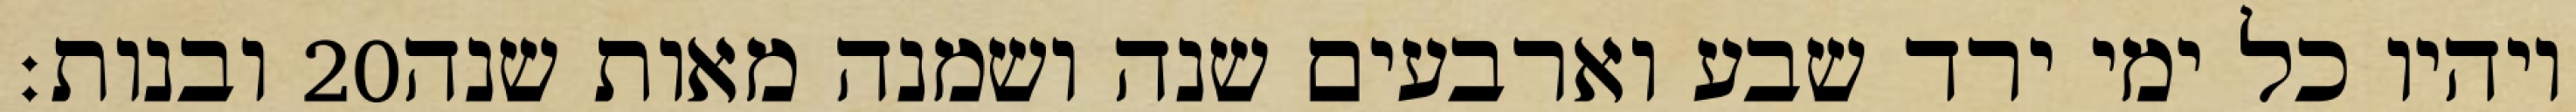
ובנות׃ ‎20‏ ויהיו כל ימי ירד שבע וארבעים שנה ושמנה מאות שנה